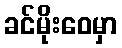
ခင်မိုးဝေမှာ